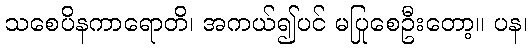
သစေပိနကာရောတိ၊ အကယ်၍ပင် မပြုစေဦးတော့။ ပန၊